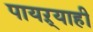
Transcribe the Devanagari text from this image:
पायऱ्याही